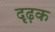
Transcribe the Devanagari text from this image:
दृढ़क